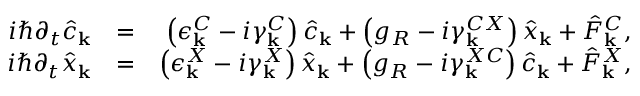
\begin{array} { r l r } { i \hbar \partial _ { t } \hat { c } _ { \bf k } } & { = } & { \left( \epsilon _ { \bf k } ^ { C } - i \gamma _ { \bf k } ^ { C } \right) \hat { c } _ { \bf k } + \left( g _ { R } - i \gamma _ { \bf k } ^ { C X } \right) \hat { x } _ { \bf k } + \hat { F } _ { \bf k } ^ { C } , } \\ { i \hbar \partial _ { t } \hat { x } _ { \bf k } } & { = } & { \left( \epsilon _ { \bf k } ^ { X } - i \gamma _ { \bf k } ^ { X } \right) \hat { x } _ { \bf k } + \left( g _ { R } - i \gamma _ { \bf k } ^ { X C } \right) \hat { c } _ { \bf k } + \hat { F } _ { \bf k } ^ { X } , } \end{array}